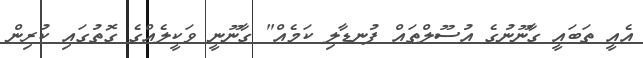
އެއީ ތަބައީ ގާނޫނުގެ އުސޫލްތައް ފުނޑާލި ކަމެއް" ގާނޫނީ ވަކީލެއްގެ ގޮތުގައި ކުރިން